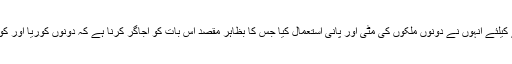
اِس درخت کو لگانے کیلئے اُنہوں نے دونوں ملکوں کی مٹّی اور پانی استعمال کیا جس کا بظاہر مقصد اِس بات کو اُجاگر کرنا ہے کہ دونوں کوریا اور کوریائی عوام ایک ہیں۔